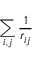
\sum _ { i , j } \frac { 1 } { r _ { i j } }